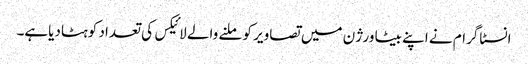
انسٹاگرام نے اپنے بیٹا ورژن میں تصاویر کو ملنے والے لائیکس کی تعداد کوہٹادیاہے۔